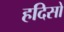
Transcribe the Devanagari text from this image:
हदिसो